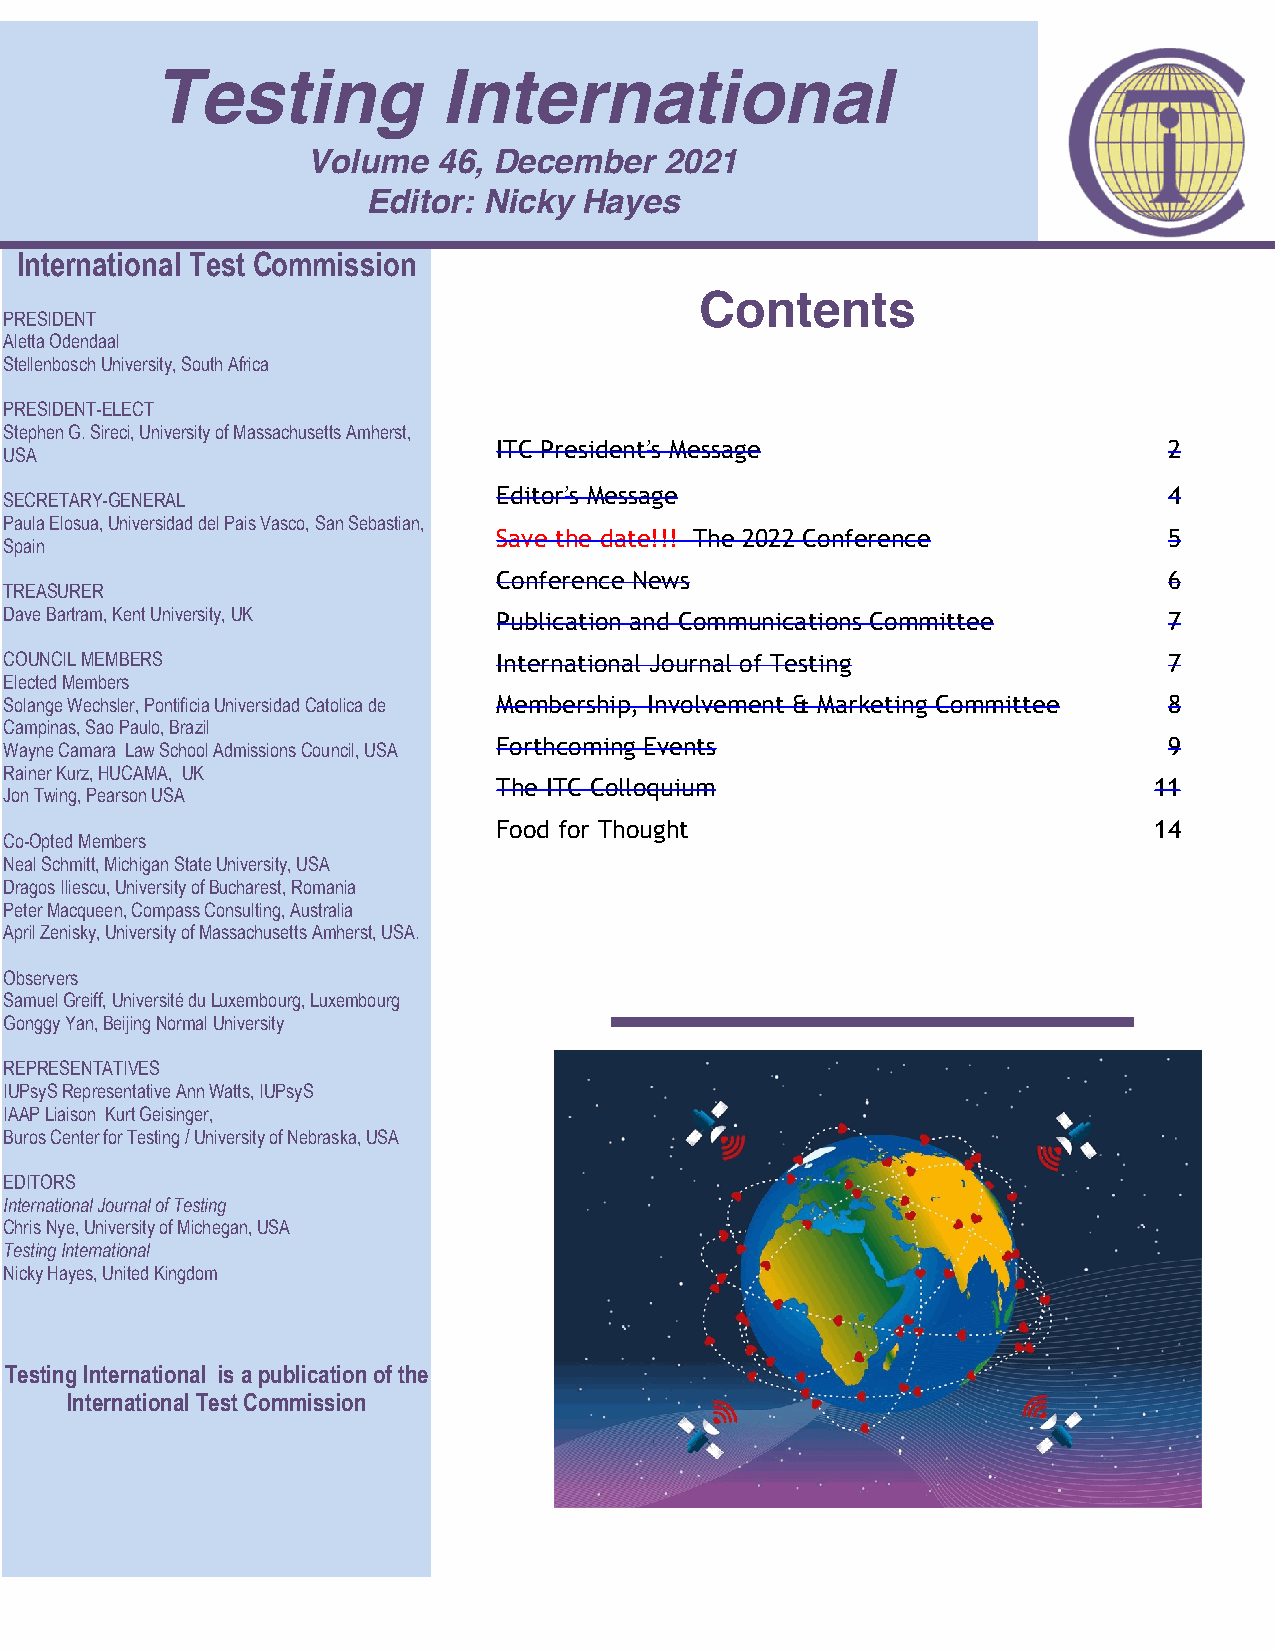
Testing            International
 Volume   46, December   2021
 Editor: Nicky Hayes
 International Test Commission
 Contents
 PRESIDENT
 Aletta Odendaal
 Stellenbosch University, South Africa
 PRESIDENT-ELECT
 Stephen G. Sireci, University of Massachusetts Amherst,
 USA
 ITC President!s Message                     2
 SECRETARY-GENERAL
 Editor!s Message                            4
 Paula Elosua, Universidad del Pais Vasco, San Sebastian,
 Save the date!!! The 2022 Conference        5
 Spain
 Conference News                             6
 TREASURER
 Dave Bartram, Kent University, UK Publication and Communications Committee   7
 COUNCIL MEMBERS                  International Journal of Testing            7
 Elected Members
 Solange Wechsler, Pontificia Universidad Catolica de Membership, Involvement & Marketing Committee 8
 Campinas, Sao Paulo, Brazil
 Wayne Camara Law School Admissions Council, USA Forthcoming Events           9
 Rainer Kurz, HUCAMA, UK
 The ITC Colloquium                         11
 Jon Twing, Pearson USA
 Food for Thought                           14
 Co-Opted Members
 Neal Schmitt, Michigan State University, USA
 Dragos Iliescu, University of Bucharest, Romania
 Peter Macqueen, Compass Consulting, Australia
 April Zenisky, University of Massachusetts Amherst, USA.
 Observers
 Samuel Greiff, Université du Luxembourg, Luxembourg
 Gonggy Yan, Beijing Normal University
 REPRESENTATIVES
 IUPsyS Representative Ann Watts, IUPsyS
 IAAP Liaison Kurt Geisinger,
 Buros Center for Testing / University of Nebraska, USA
 EDITORS
 International Journal of Testing
 Chris Nye, University of Michegan, USA
 Testing International
 Nicky Hayes, United Kingdom
 Testing International is a publication of the
 International Test Commission